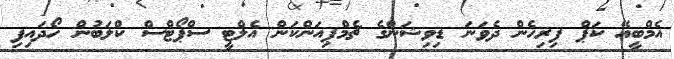
އެމްބީއޭ ކަޕް ފިރިހެން ދެވަނަ ޑިވިޝަންގެ ޗެމްޕިއަންކަން އެލްޓީ ސްޕޯޓްސް ކްލަބުން ހޯދައިފި